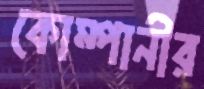
কোম্পানীর